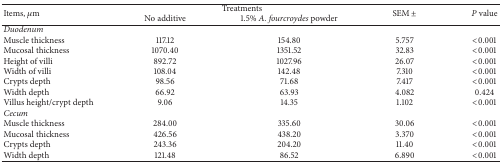
<table><thead><tr><td rowspan="2"><b>Items, <i>μ</i>m</b></td><td colspan="2"><b>Treatments</b></td><td rowspan="2"><b>SEM ±</b></td><td rowspan="2"><b><i>P</i> value</b></td></tr><tr><td><b>No additive</b></td><td><b>1.5% <i>A. fourcroydes</i> powder</b></td></tr></thead><tbody><tr><td><i>Duodenum</i></td><td> </td><td> </td><td> </td><td> </td></tr><tr><td>Muscle thickness</td><td>117.12</td><td>154.80</td><td>5.757</td><td>&lt;0.001</td></tr><tr><td>Mucosal thickness</td><td>1070.40</td><td>1351.52</td><td>32.83</td><td>&lt;0.001</td></tr><tr><td>Height of villi</td><td>892.72</td><td>1027.96</td><td>26.07</td><td>&lt;0.001</td></tr><tr><td>Width of villi</td><td>108.04</td><td>142.48</td><td>7.310</td><td>&lt;0.001</td></tr><tr><td>Crypts depth </td><td>98.56</td><td>71.68</td><td>7.417</td><td>&lt;0.001</td></tr><tr><td>Width depth</td><td>66.92</td><td>63.93</td><td>4.082</td><td>0.424</td></tr><tr><td>Villus height/crypt depth</td><td>9.06</td><td>14.35</td><td>1.102</td><td>&lt;0.001</td></tr><tr><td><i>Cecum</i></td><td> </td><td> </td><td> </td><td> </td></tr><tr><td>Muscle thickness</td><td>284.00</td><td>335.60</td><td>30.06</td><td>&lt;0.001</td></tr><tr><td>Mucosal thickness</td><td>426.56</td><td>438.20</td><td>3.370</td><td>&lt;0.001</td></tr><tr><td>Crypts depth </td><td>243.36</td><td>204.20</td><td>11.40</td><td>&lt;0.001</td></tr><tr><td>Width depth</td><td>121.48</td><td>86.52</td><td>6.890</td><td>&lt;0.001</td></tr></tbody></table>